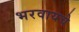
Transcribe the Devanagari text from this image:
भरवायचे